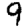
Digit: 9